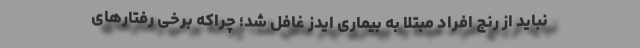
نباید از رنج افراد مبتلا به بیماری ایدز غافل شد؛ چراکه برخی رفتارهای